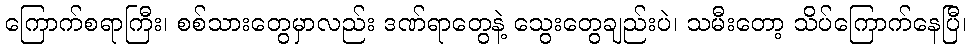
ကြောက်စရာကြီး၊ စစ်သားတွေမှာလည်း ဒဏ်ရာတွေနဲ့ သွေးတွေချည်းပဲ၊ သမီးတော့ သိပ်ကြောက်နေပြီ၊